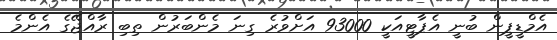
އެމްޑީޕީން ބުނީ އެޕާޓީއަކީ 93000 އަށްވުރެ ގިނަ މެންބަރުން ތިބި ރާއްޖޭގެ އެންމެ